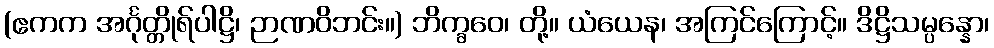
(ဧကက အင်္ဂုတ္တိုရ်ပါဋ္ဌိ၊ ဉာဏဝိဘင်း။) ဘိက္ခဝေ၊ တို့။ ယံယေန၊ အကြင်ကြောင့်။ ဒိဋ္ဌိသမ္ပန္နော၊